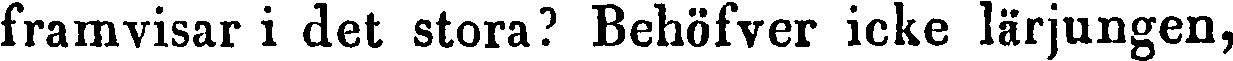
framvisar i det stora? Behöfver icke lärjungen,